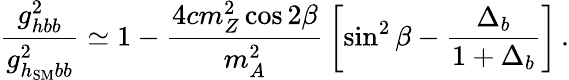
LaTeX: {\frac{g_{hbb}^{2}}{g_{h_{\mathrm{SM}}bb}^{2}}}\simeq 1-{\frac{4cm_{Z}^{2}\cos 2\beta}{m_{A}^{2}}}\left[\sin^{2}\beta-{\frac{\Delta_{b}}{1+\Delta_{b}}}\right]\, .